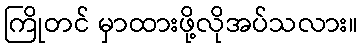
ကြိုတင် မှာထားဖို့လိုအပ်သလား။